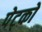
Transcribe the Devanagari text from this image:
पेट्को